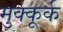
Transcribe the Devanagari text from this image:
मुक्कूर्क